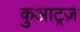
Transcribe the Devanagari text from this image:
कुआट्रज़